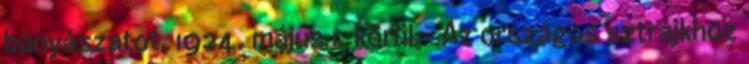
bányászatot. 1924. május 1. körül – Az országos sztrájkhoz